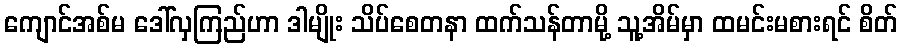
ကျောင်အစ်မ ဒေါ်လှကြည်ဟာ ဒါမျိုး သိပ်စေတနာ ထက်သန်တာမို့ သူ့အိမ်မှာ ထမင်းမစားရင် စိတ်